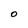
Character: O